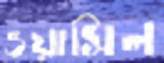
ওয়াসিল